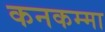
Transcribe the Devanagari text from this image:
कनकम्मा